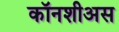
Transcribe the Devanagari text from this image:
कॉनशीअस